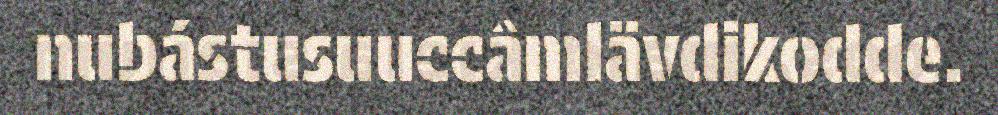
nubástusuuccâmlävdikodde.